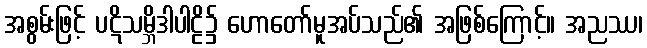
အစွမ်းဖြင့် ပဋိသမ္ဘိဒါပါဠိ၌ ဟောတော်မူအပ်သည်၏ အဖြစ်ကြောင့်။ အညဿ၊